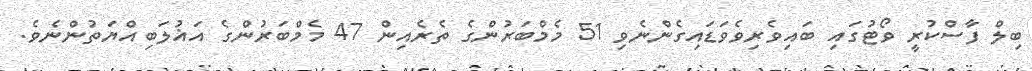
ބިލް ފާސްކުރީ ވޯޓުގައި ބައިވެރިވެވަޑައިގެންނެވި 51 މެމްބަރުންގެ ތެރެއިން 47 މެމްބަރުންގެ އަޣުލަބިއްޔަތުންނެވެ.